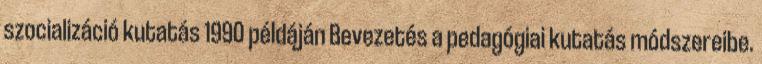
szocializáció kutatás 1990 példáján Bevezetés a pedagógiai kutatás módszereibe.